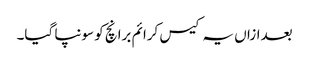
بعدازاں یہ کیس کرائم برانچ کو سونپا گیا۔